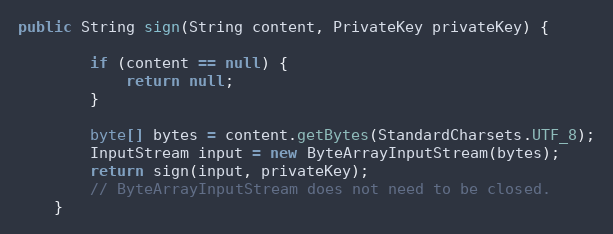
Language: Java
public String sign(String content, PrivateKey privateKey) {

        if (content == null) {
            return null;
        }

        byte[] bytes = content.getBytes(StandardCharsets.UTF_8);
        InputStream input = new ByteArrayInputStream(bytes);
        return sign(input, privateKey);
        // ByteArrayInputStream does not need to be closed.
    }